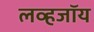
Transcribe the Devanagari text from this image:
लव्हजॉय